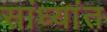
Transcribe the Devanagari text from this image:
सांध्यांत